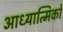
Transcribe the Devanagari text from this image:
आध्यात्मिको